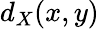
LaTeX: d_{X}(x,y)